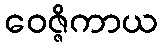
ဝေဇ္ဇိကာယ